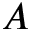
A